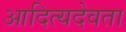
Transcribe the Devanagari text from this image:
आदित्यदेवता